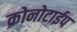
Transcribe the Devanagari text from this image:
क्रोनोटाईप